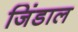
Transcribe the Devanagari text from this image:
जिंडाल